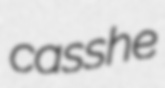
casshe